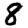
Digit: 8